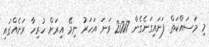
މި މަސައްކަތް ފަށައިގަނެގެން 2017 ވަނަ އަހަރު ނިމޭ އިރަށް ހުރިހާ ރަށެއްގައި